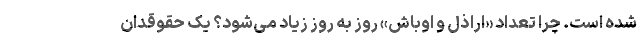
شده است. چرا تعداد «اراذل و اوباش» روز به روز زیاد می‌شود؟ یک حقوقدان